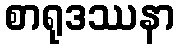
စာရုဒဿနာ